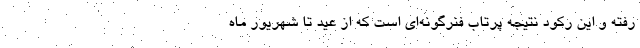
رفته و این رکود نتیجه پرتاب فنرگونه‌ای است که از عید تا شهریور ماه